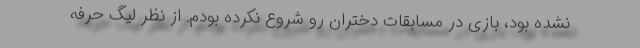
نشده بود، بازی در مسابقات دختران رو شروع نکرده بودم. از نظر لیگ حرفه